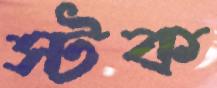
স্টক